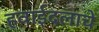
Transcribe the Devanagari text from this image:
हवाईदलाचे